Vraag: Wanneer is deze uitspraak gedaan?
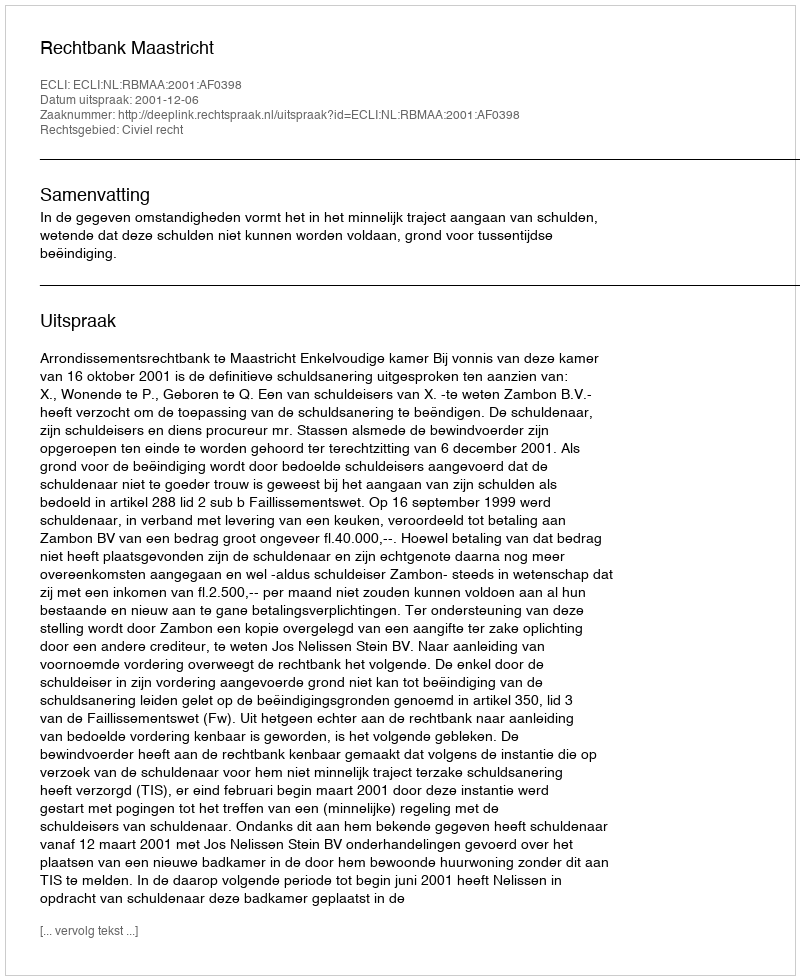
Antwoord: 2001-12-06